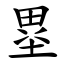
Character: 塁